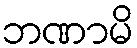
ဘဏာမိ